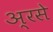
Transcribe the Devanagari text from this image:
अ्रसे